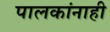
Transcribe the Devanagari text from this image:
पालकांनाही